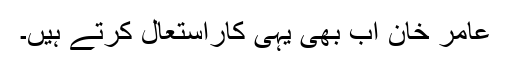
عامر خان اب بھی یہی کاراستعال کرتے ہیں۔